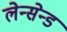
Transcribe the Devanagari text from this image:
लेन्सेन्ड